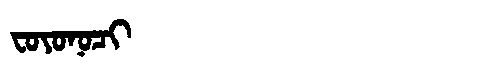
Manchu: ᠸᠣᠶᠣᠨᠣᠴᡳ
Romanization: FOYONOCI